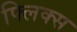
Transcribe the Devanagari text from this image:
फ्लिक्स